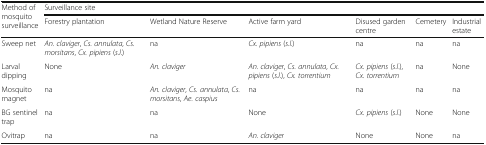
<table><thead><tr><td rowspan="2"><b>Method of mosquito surveillance</b></td><td colspan="6"><b>Surveillance site</b></td></tr><tr><td><b>Forestry plantation</b></td><td><b>Wetland Nature Reserve</b></td><td><b>Active farm yard</b></td><td><b>Disused garden centre</b></td><td><b>Cemetery</b></td><td><b>Industrial estate</b></td></tr></thead><tbody><tr><td>Sweep net</td><td><i>An. claviger</i>, <i>Cs. annulata</i>, <i>Cs. morsitans</i>, <i>Cx. pipiens</i> (<i>s</i>.<i>l</i>.)</td><td>na</td><td><i>Cx. pipiens</i> (<i>s</i>.<i>l</i>.)</td><td>na</td><td>na</td><td>na</td></tr><tr><td>Larval dipping</td><td>None</td><td><i>An. claviger</i></td><td><i>An. claviger</i>, <i>Cs. annulata</i>, <i>Cx. pipiens</i> (<i>s</i>.<i>l</i>.), <i>Cx. torrentium</i></td><td><i>Cx. pipiens</i> (<i>s</i>.<i>l</i>.), <i>Cx. torrentium</i></td><td>na</td><td>None</td></tr><tr><td>Mosquito magnet</td><td>na</td><td><i>An. claviger</i>, <i>Cs. annulata</i>, <i>Cs. morsitans</i>, <i>Ae. caspius</i></td><td>na</td><td>na</td><td>na</td><td>na</td></tr><tr><td>BG sentinel trap</td><td>na</td><td>na</td><td>None</td><td><i>Cx. pipiens</i> (<i>s</i>.<i>l</i>.)</td><td>None</td><td>None</td></tr><tr><td>Ovitrap</td><td>na</td><td>na</td><td><i>An. claviger</i></td><td>None</td><td>None</td><td>na</td></tr></tbody></table>